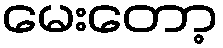
မေးတော့